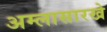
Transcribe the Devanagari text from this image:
अम्लासारखे